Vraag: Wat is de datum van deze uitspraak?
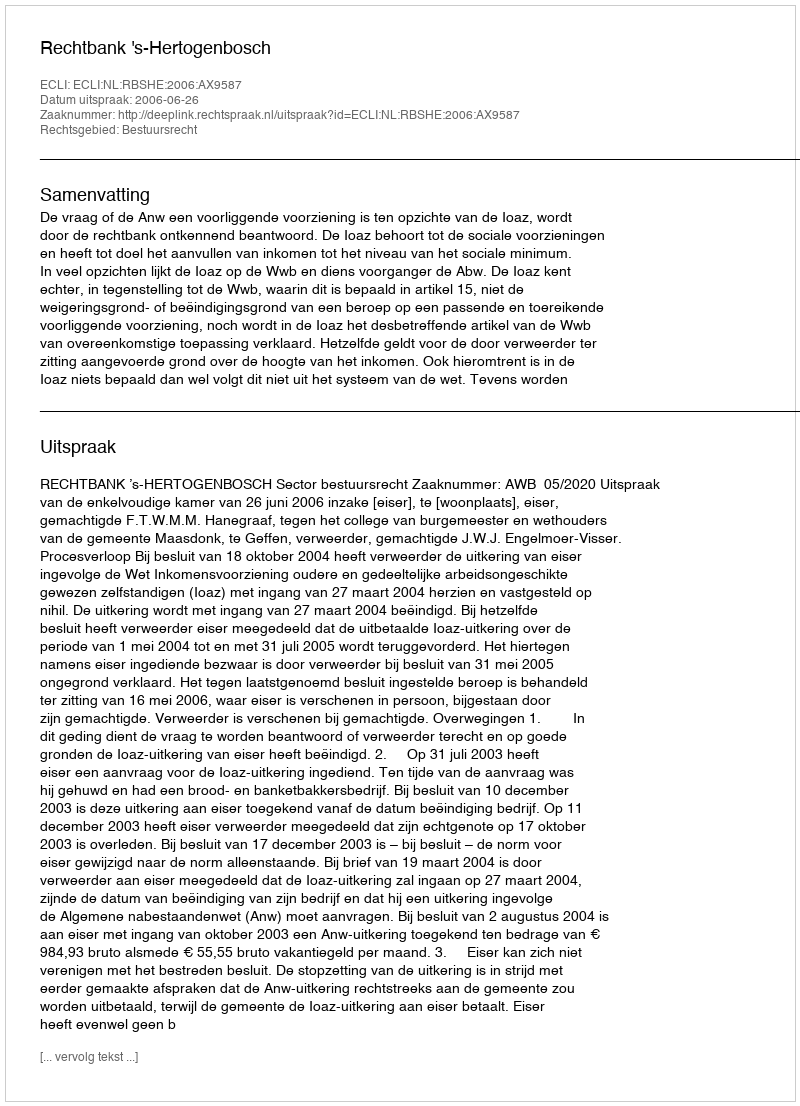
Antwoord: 2006-06-26